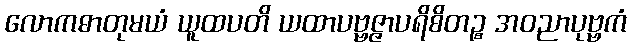
လောကဓာတုမယံ ယူထပတိ ယထာပဗ္ဗဇ္ဇာပရိစိတဉ္စ အဝညာပုဗ္ဗကံ